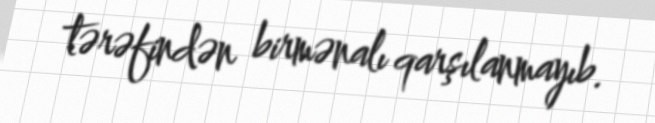
tərəfindən birmənalı qarşılanmayıb.